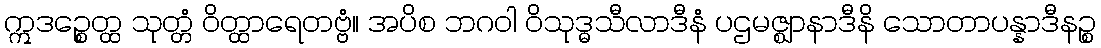
ဣဒဉ္စေတ္ထ သုတ္တံ ဝိတ္ထာရေတဗ္ဗံ။ အပိစ ဘဂဝါ ဝိသုဒ္ဓသီလာဒီနံ ပဌမဇ္ဈာနာဒီနိ သောတာပန္နာဒီနဉ္စ